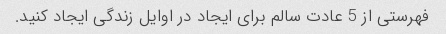
فهرستی از 5 عادت سالم برای ایجاد در اوایل زندگی ایجاد کنید.